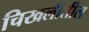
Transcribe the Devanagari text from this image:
चिखलीतील